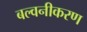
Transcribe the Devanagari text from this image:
बल्वनीकरण